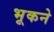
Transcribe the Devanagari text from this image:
भूकने